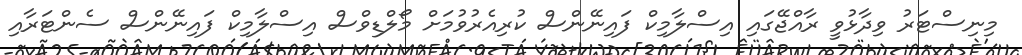
މިނިސްޓަރު ވިދާޅުވީ ރާއްޖޭގައި އިސްލާމިކް ފައިނޭންސް ކުރިއެރުވުމަށް މޯލްޑިވްސް އިސްލާމިކް ފައިނޭންސް ސެންޓަރާއި